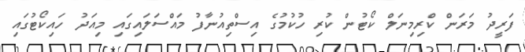
ފަރީދު މަރަން ކްރިމިނަލް ކޯޓުން ކުރި ހުކުމުގެ އިސްތިއުނާފު މައްސަލައިގައި މިއަދު ހައިކޯޓުގައި